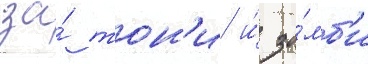
за́ тон'и и́ зо́мб'и